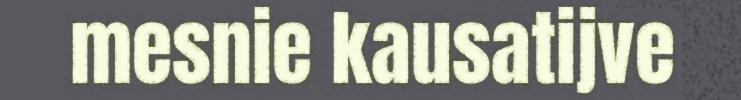
mesnie kausatijve